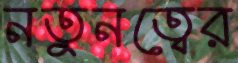
নতুনত্বের